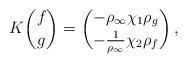
LaTeX: \begin{align*} K\binom{f}{g}=\binom{-\rho_\infty\chi_1\rho_g}{-\tfrac{1}{\rho_\infty}\chi_2\rho_f}\,,\end{align*}